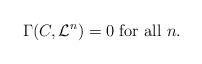
LaTeX: \begin{align*}\Gamma(C,\mathcal L^n)=0\mbox{ for all }n.\end{align*}